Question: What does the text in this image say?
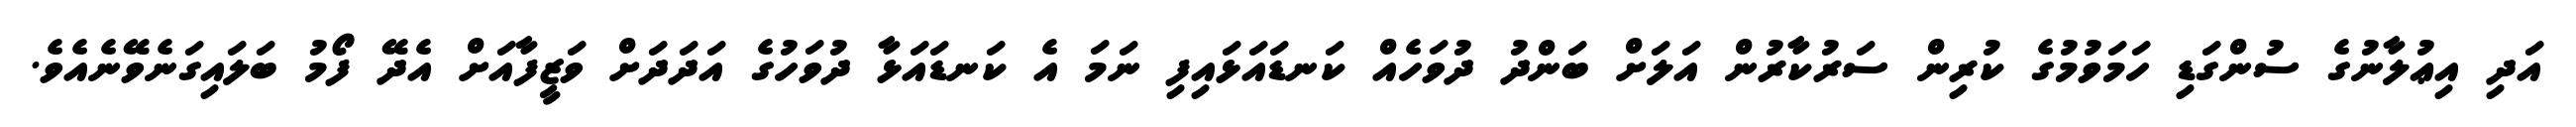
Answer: އަދި އިޢުލާނުގެ ސުންގަޑި ހަމަވުމުގެ ކުރިން ސަރުކާރުން އަލަށް ބަންދު ދުވަހެއް ކަނޑައަޅައިފި ނަމަ އެ ކަނޑައަޅާ ދުވަހުގެ އަދަދަށް ވަޒީފާއަށް އެދޭ ފޯމު ބަލައިގަނެވޭނެއެވެ.